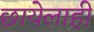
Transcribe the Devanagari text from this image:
छायेलाही